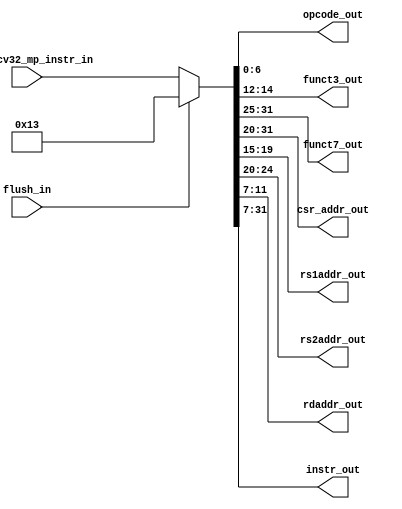
module msrv32_instruction_mux (
    input [31:0] ms_riscv32_mp_instr_in,
    input flush_in,
    output [6:0] opcode_out,
    output [2:0] funct3_out,
    output [6:0] funct7_out,
    output [11:0] csr_addr_out,
    output [4:0] rs1addr_out,
    output [4:0] rs2addr_out,
    output [4:0] rdaddr_out,
    output [24:0] instr_out
);

    // Internal signal to represent either the flushed instruction or the input instruction
    wire [31:0] instr_mux;

    // Mux based on flush_in signal
    assign instr_mux = flush_in ? 32'h00000013 : ms_riscv32_mp_instr_in;

    // Parse the instruction fields
    assign opcode_out   = instr_mux[6:0];
    assign funct3_out   = instr_mux[14:12];
    assign funct7_out   = instr_mux[31:25];
    assign csr_addr_out = instr_mux[31:20];
    assign rs1addr_out  = instr_mux[19:15];
    assign rs2addr_out  = instr_mux[24:20];
    assign rdaddr_out   = instr_mux[11:7];
    assign instr_out    = instr_mux[31:7];

endmodule